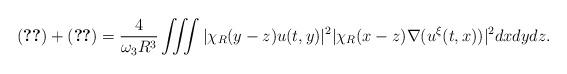
LaTeX: \begin{align*} \eqref{term-11}+\eqref{term-21} = \frac{4}{\omega_3 R^3} \iiint |\chi_R(y-z) u(t,y)|^2 |\chi_R(x-z) \nabla (u^\xi(t,x))|^2 dxdydz. \end{align*}